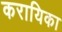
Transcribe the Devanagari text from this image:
करायिका